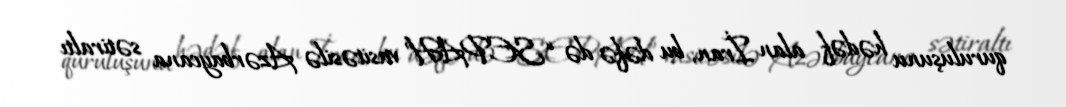
quruluşunu hədəf alan İran, bu dəfə də “SEPAH” vasitəsilə Azərbaycana sətiraltı